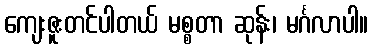
ကျေးဇူးတင်ပါတယ် မစ္စတာ ဆုန်း၊ မင်္ဂလာပါ။